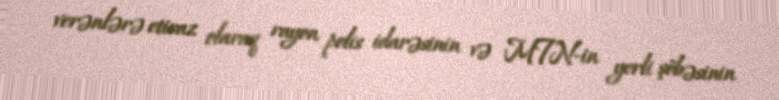
verənlərə etiraz olaraq rayon polis idarəsinin və MTN-in yerli şöbəsinin